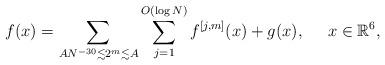
LaTeX: \begin{align*}f(x)=\sum_{AN^{-30} \lesssim 2^m \lesssim A} \sum_{j=1}^{O(\log N)}f^{[j,m]}(x) + g(x), \;\;\;\;\; x \in \mathbb{R}^{6},\end{align*}